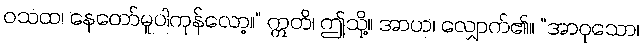
ဝသထ၊ နေတော်မူပါကုန်လော့။” ဣတိ၊ ဤသို့။ အာဟ၊ လျှောက်၏။ “အာဝုသော၊